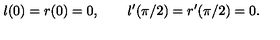
l ( 0 ) = r ( 0 ) = 0 , \qquad l ^ { \prime } ( \pi / 2 ) = r ^ { \prime } ( \pi / 2 ) = 0 .